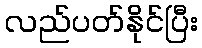
လည်ပတ်နိုင်ပြီး